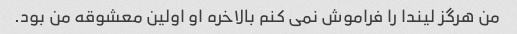
من هرگز لیندا را فراموش نمی کنم بالاخره او اولین معشوقه من بود.